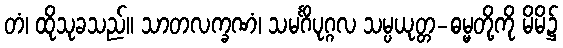
တံ၊ ထိုသုခသည်။ သာတလက္ခဏံ၊ သမင်္ဂိပုဂ္ဂလ သမ္ပယုတ္တ-ဓမ္မတို့ကို မိမိ၌